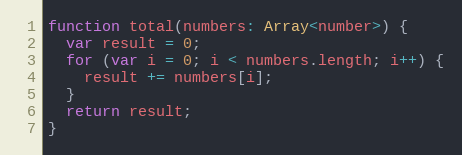
Language: JavaScript
function total(numbers: Array<number>) {
  var result = 0;
  for (var i = 0; i < numbers.length; i++) {
    result += numbers[i];
  }
  return result;
}